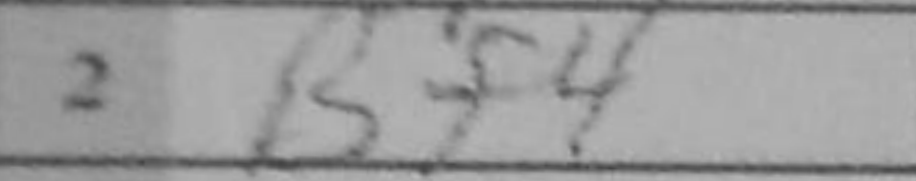
Transcription: Bf4